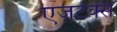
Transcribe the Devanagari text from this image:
एज़टेक्स